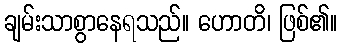
ချမ်းသာစွာနေရသည်။ ဟောတိ၊ ဖြစ်၏။